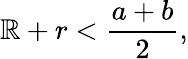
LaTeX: \mathbb{R}+r<{\frac{{a+b}}{{2}}},